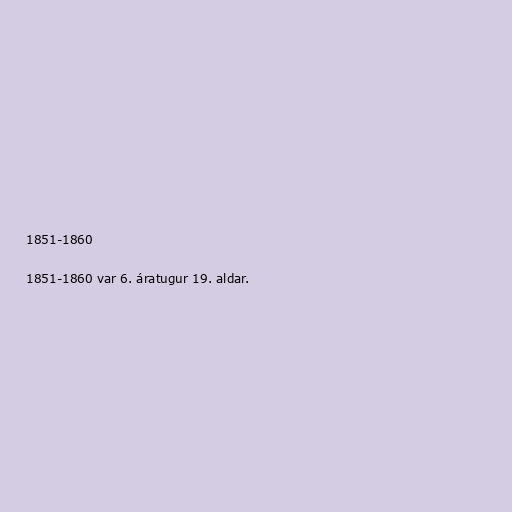
1851-1860

1851-1860 var 6. áratugur 19. aldar.